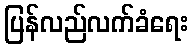
ပြန်လည်လက်ခံရေး